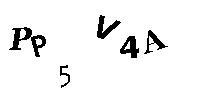
PP5V4A